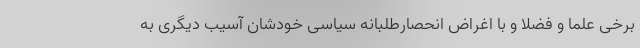
برخی علما و فضلا و با اغراض انحصارطلبانه سیاسی خودشان آسیب دیگری به